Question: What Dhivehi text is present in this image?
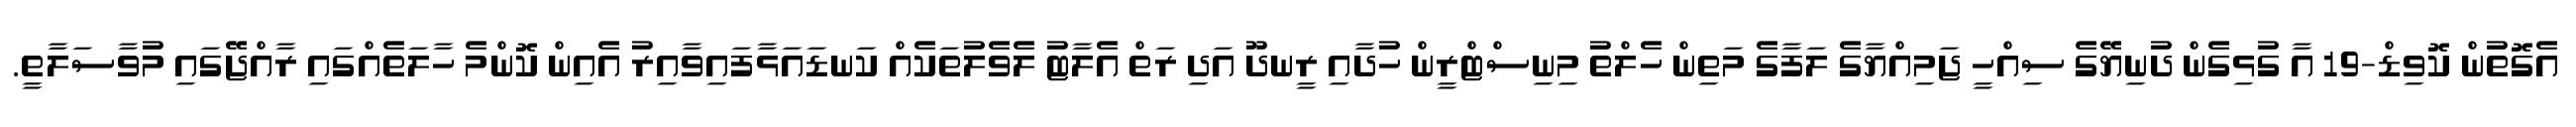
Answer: އެގޮތުން ކޮވިޑް-19 އާ ގުޅިގެން ދުނިޔޭގެ ސިއްހީ ޖަމިއްޔާގެ ލަފާގެ މަތިން ހެލްތު މިނިސްޓްރީން ހުދާއި ރީނދޫ އަދި ރަތް އެލާޓު ލެވެލުތަކެއް ކަނޑައަޅާފައިވާއިރު އެއިން ކޮންމެ ހާލަތެއްގައި ރާއްޖޭގައި މުވާސަލާތީ.